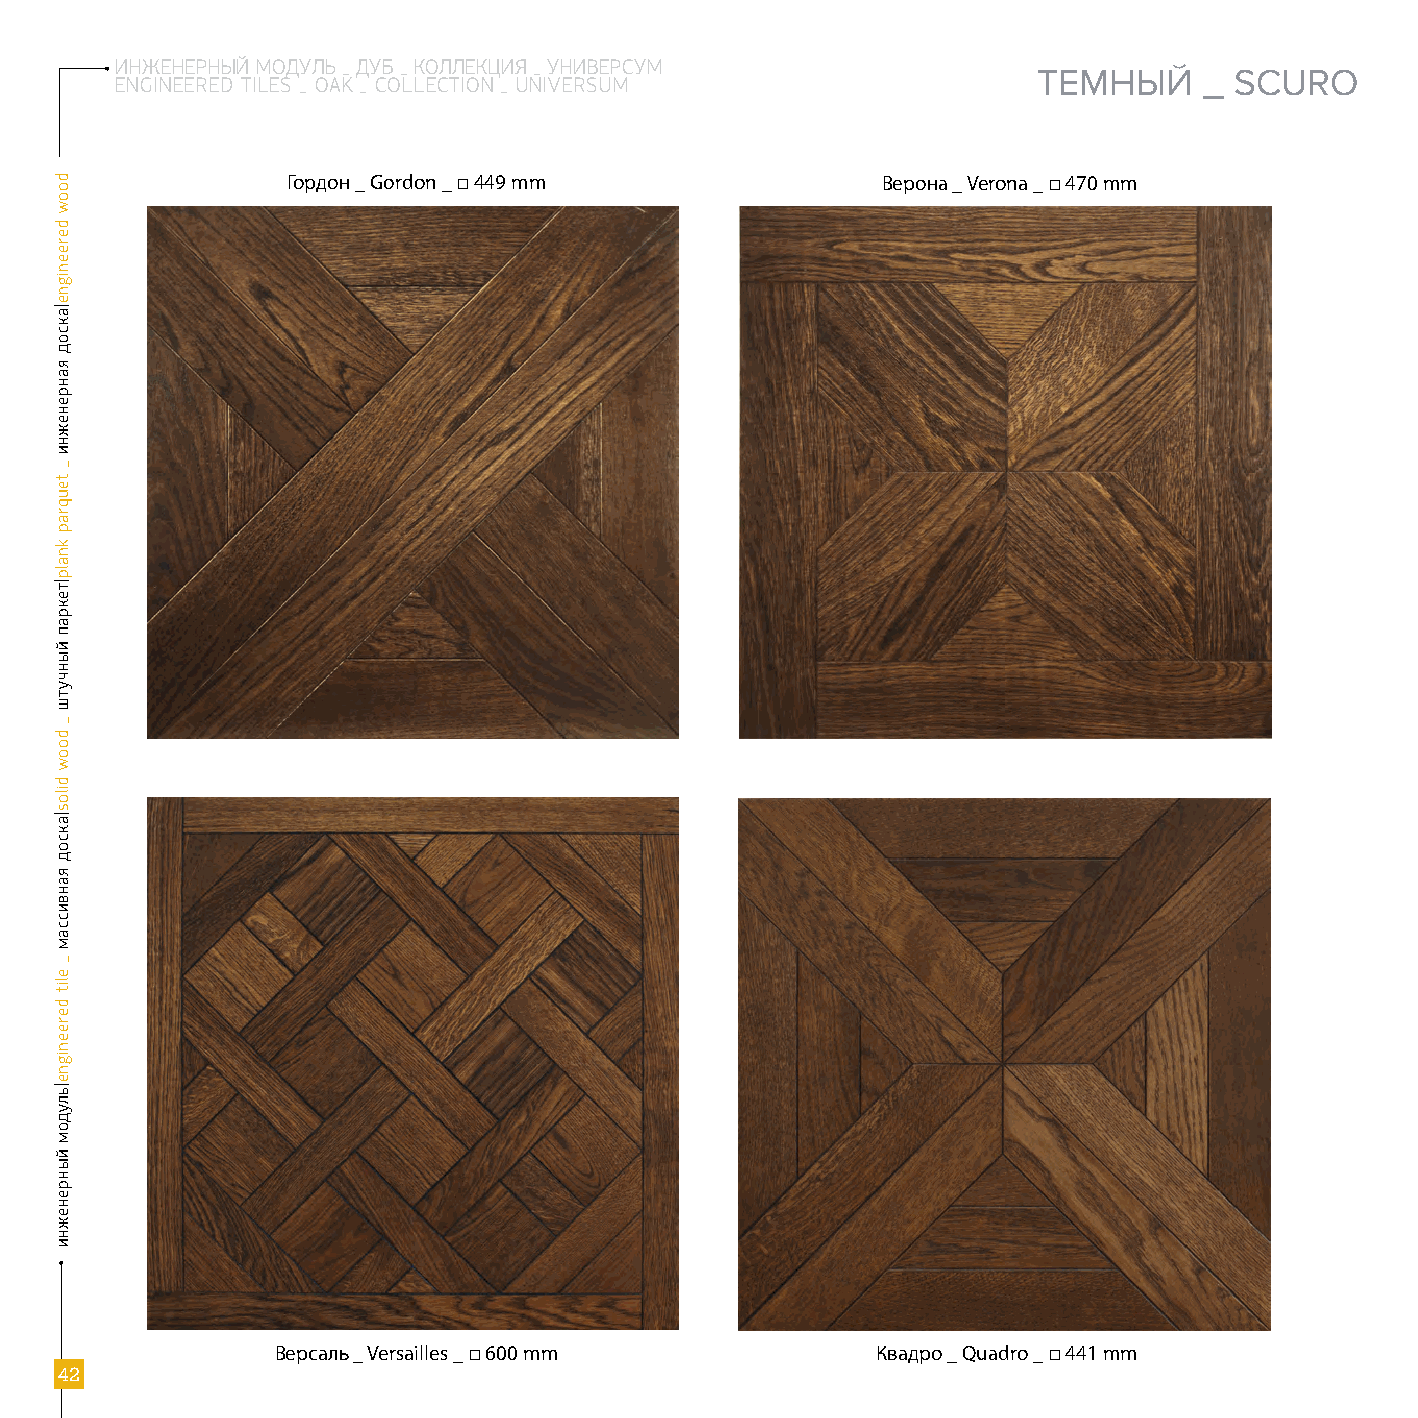
ИНЖЕНЕРНЫЙ МОДУЛЬ _ ДУБ _ КОЛЛЕКЦИЯ _ УНИВЕРСУМ
 ТЕМНЫЙ     _ SCURO
 ENGINEERED TILES _ OAK _ COLLECTION _ UNIVERSUM
 Гордон _ Gordon _ □ 449 mm             Верона _ Verona _ □ 470 mm
 Версаль _ Versailles _ □ 600 mm         Квадро _ Quadro _ □ 441 mm
 42
 doow
 dereenigne|аксод
 яанренежни
 _
 teuqrap
 knalp|текрап
 йынчутш
 _
 doow
 dilos|аксод
 яанвиссам
 _
 elit
 dereenigne|ьлудом
 йынренежни